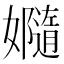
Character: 𫲙